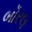
બૉરલ